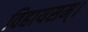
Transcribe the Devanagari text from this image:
विहायसम्।